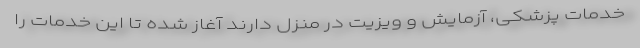
خدمات پزشکی، آزمایش و ویزیت در منزل دارند آغاز شده تا این خدمات را